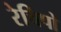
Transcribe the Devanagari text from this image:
रेचिपो